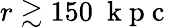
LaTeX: r\gtrsim 150~\mathrm{~k~p~c~}